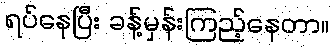
ရပ်နေပြီး ခန့်မှန်းကြည့်နေတာ။